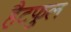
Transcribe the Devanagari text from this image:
हैटफुल